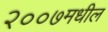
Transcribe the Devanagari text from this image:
२००७मधील